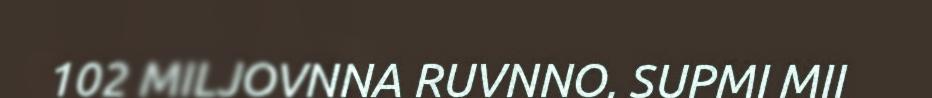
102 MILJOVNNA RUVNNO, SUPMI MII